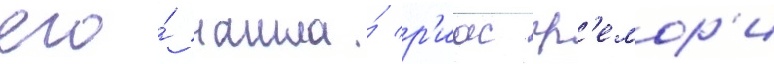
его́ нашла́ р'иас гр'емор'и